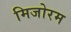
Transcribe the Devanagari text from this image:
मिजोरम